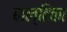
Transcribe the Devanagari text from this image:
बाल्टिका